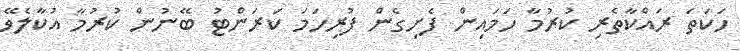
ހަކަތަ ރައްކާތެރި ކުރުމާ ހަމައިން ފެށިގެން ފުރިހަމަ ކަރަންޓު ބޭނުން ކުރުމާ އުކާލެވޭ